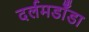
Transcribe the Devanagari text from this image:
दर्लमडाँडा